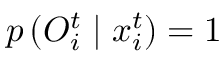
p \left( O _ { i } ^ { t } \mid x _ { i } ^ { t } \right) = 1